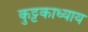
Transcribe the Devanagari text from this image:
कुट्टकाध्याय